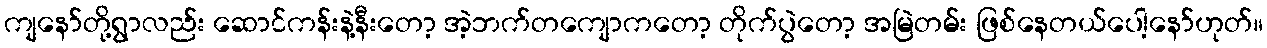
ကျနော်တို့ရွာလည်း ဆောင်ကန်းနဲ့နီးတော့ အဲ့ဘက်တကျောကတော့ တိုက်ပွဲတော့ အမြဲတမ်း ဖြစ်နေတယ်ပေါ့နော်ဟုတ်။